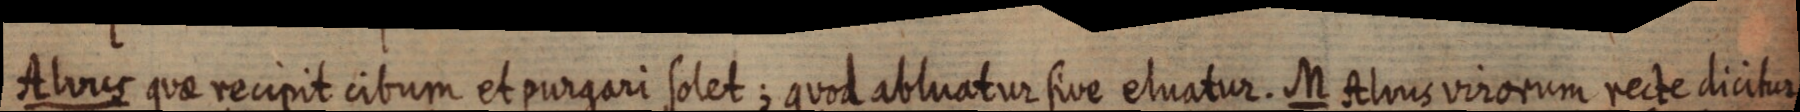
Alvus quae recipit cibum et purgari solet; quod abluatur sive eluatur. M Alvus virorum recte dicitur